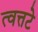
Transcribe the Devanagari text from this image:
त्वत्तटे